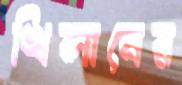
খিলানের